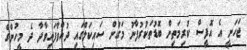
ޖަހަނީ އެ އޮފީސް ކުރިމަތިން ބޮޑުތަކުރުފާނު މަގުން ސައިކަލްގައި ދުއްވާފައިވާދާ ދެ މީހުންގެ